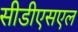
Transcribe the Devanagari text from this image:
सीडीएसएल